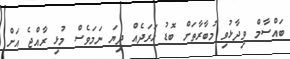
ބައްސާމް ވިދާޅުވި މުބާރާތަށް ބޮޑު ހަރަދެއް ދިޔަ ނަމަވެސް މުޅި ރާއްޖެ އަށް